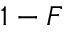
1 - F